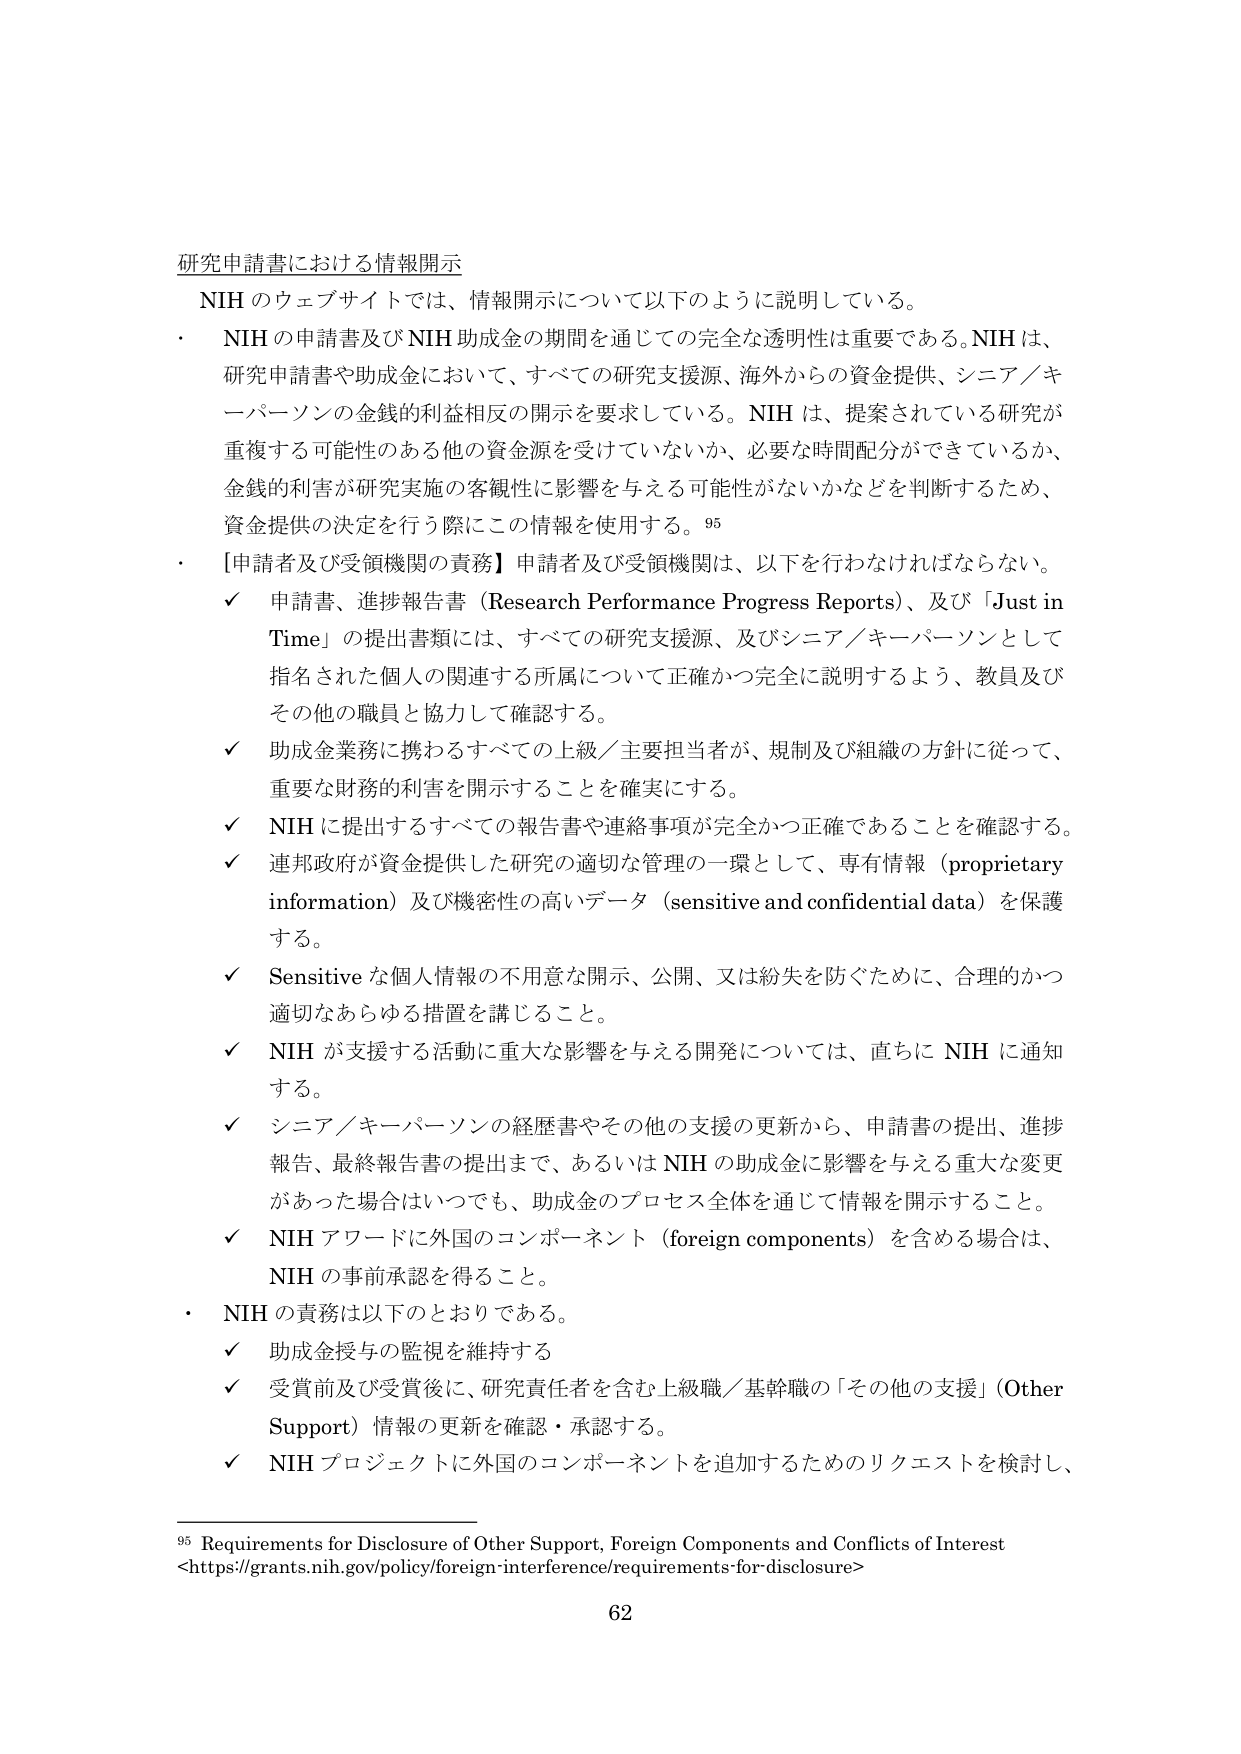
研究申請書における情報開示

NIH のウェブサイトでは、情報開示について以下のように説明している。

・ NIH の申請書及び NIH 助成金の期間を通じての完全な透明性は重要である。NIH は、研究申請書や助成金において、すべての研究支援源、海外からの資金提供、シニア／キーパーソンの金銭的利益相反の開示を要求している。NIH は、提案されている研究が重複する可能性のある他の資金源を受けていないか、必要な時間配分ができているか、金銭的利益が研究実施の客観性に影響を与える可能性がないかなどを判断するため、資金提供の決定を行う際にこの情報を使用する。95

・ 【申請者及び受領機関の責務】申請者及び受領機関は、以下を行わなければならない。

✓ 申請書、進捗報告書（Research Performance Progress Reports）、及び「Just in Time」の提出書類には、すべての研究支援源、及びシニア／キーパーソンとして指名された個人の関連する所属について正確かつ完全に説明するよう、教員及びその他の職員と協力して確認する。

✓ 助成金業務に携わるすべての上級／主要担当者が、規制及び組織の方針に従って、重要な財務的利益を開示することを確実にする。

✓ NIH に提出するすべての報告書や連絡事項が完全かつ正確であることを確認する。

✓ 連邦政府が資金提供した研究の適切な管理の一環として、専有情報（proprietary information）及び機密性の高いデータ（sensitive and confidential data）を保護する。

✓ Sensitive な個人情報の不用意な開示、公開、又は紛失を防ぐために、合理的かつ適切なあらゆる措置を講じること。

✓ NIH が支援する活動に重大な影響を与える開発については、直ちに NIH に通知する。

✓ シニア／キーパーソンの経歴書やその他の支援の更新から、申請書の提出、進捗報告、最終報告書の提出まで、あるいは NIH の助成金に影響を与える重大な変更があった場合はいつでも、助成金のプロセス全体を通じて情報を開示すること。

✓ NIH アワードに外国のコンポーネント（foreign components）を含める場合は、NIH の事前承認を得ること。

・ NIH の責務は以下のとおりである。

✓ 助成金授与の監視を維持する

✓ 受賞前及び受賞後に、研究責任者を含む上級職／基幹職の「その他の支援」（Other Support）情報の更新を確認・承認する。

✓ NIH プロジェクトに外国のコンポーネントを追加するためのリクエストを検討し、

95 Requirements for Disclosure of Other Support, Foreign Components and Conflicts of Interest <https://grants.nih.gov/policy/foreign-interference/requirements-for-disclosure>

62